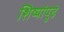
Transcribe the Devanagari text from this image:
शिष्यांपुढे